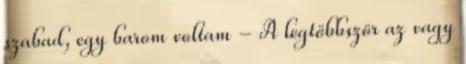
szabad, egy barom voltam - A legtöbbször az vagy